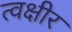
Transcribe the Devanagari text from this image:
त्वक्षीर